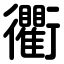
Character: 衢